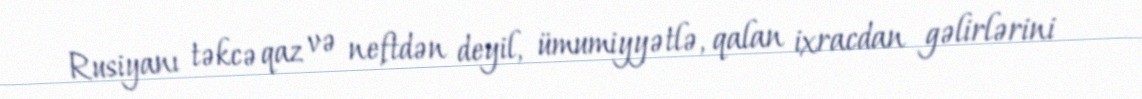
Rusiyanı təkcə qaz və neftdən deyil, ümumiyyətlə, qalan ixracdan gəlirlərini